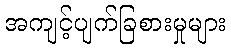
အကျင့်ပျက်ခြစားမှုများ